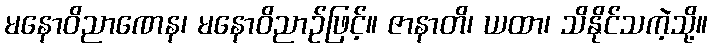
မနောဝိညာဏေန၊ မနောဝိညာဉ်ဖြင့်။ ဇာနာတိ၊ ယထာ၊ သိနိုင်သကဲ့သို့။